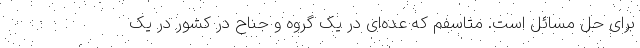
برای حل مسائل است. متاسفم که عده‌ای در یک گروه و جناح در کشور در یک